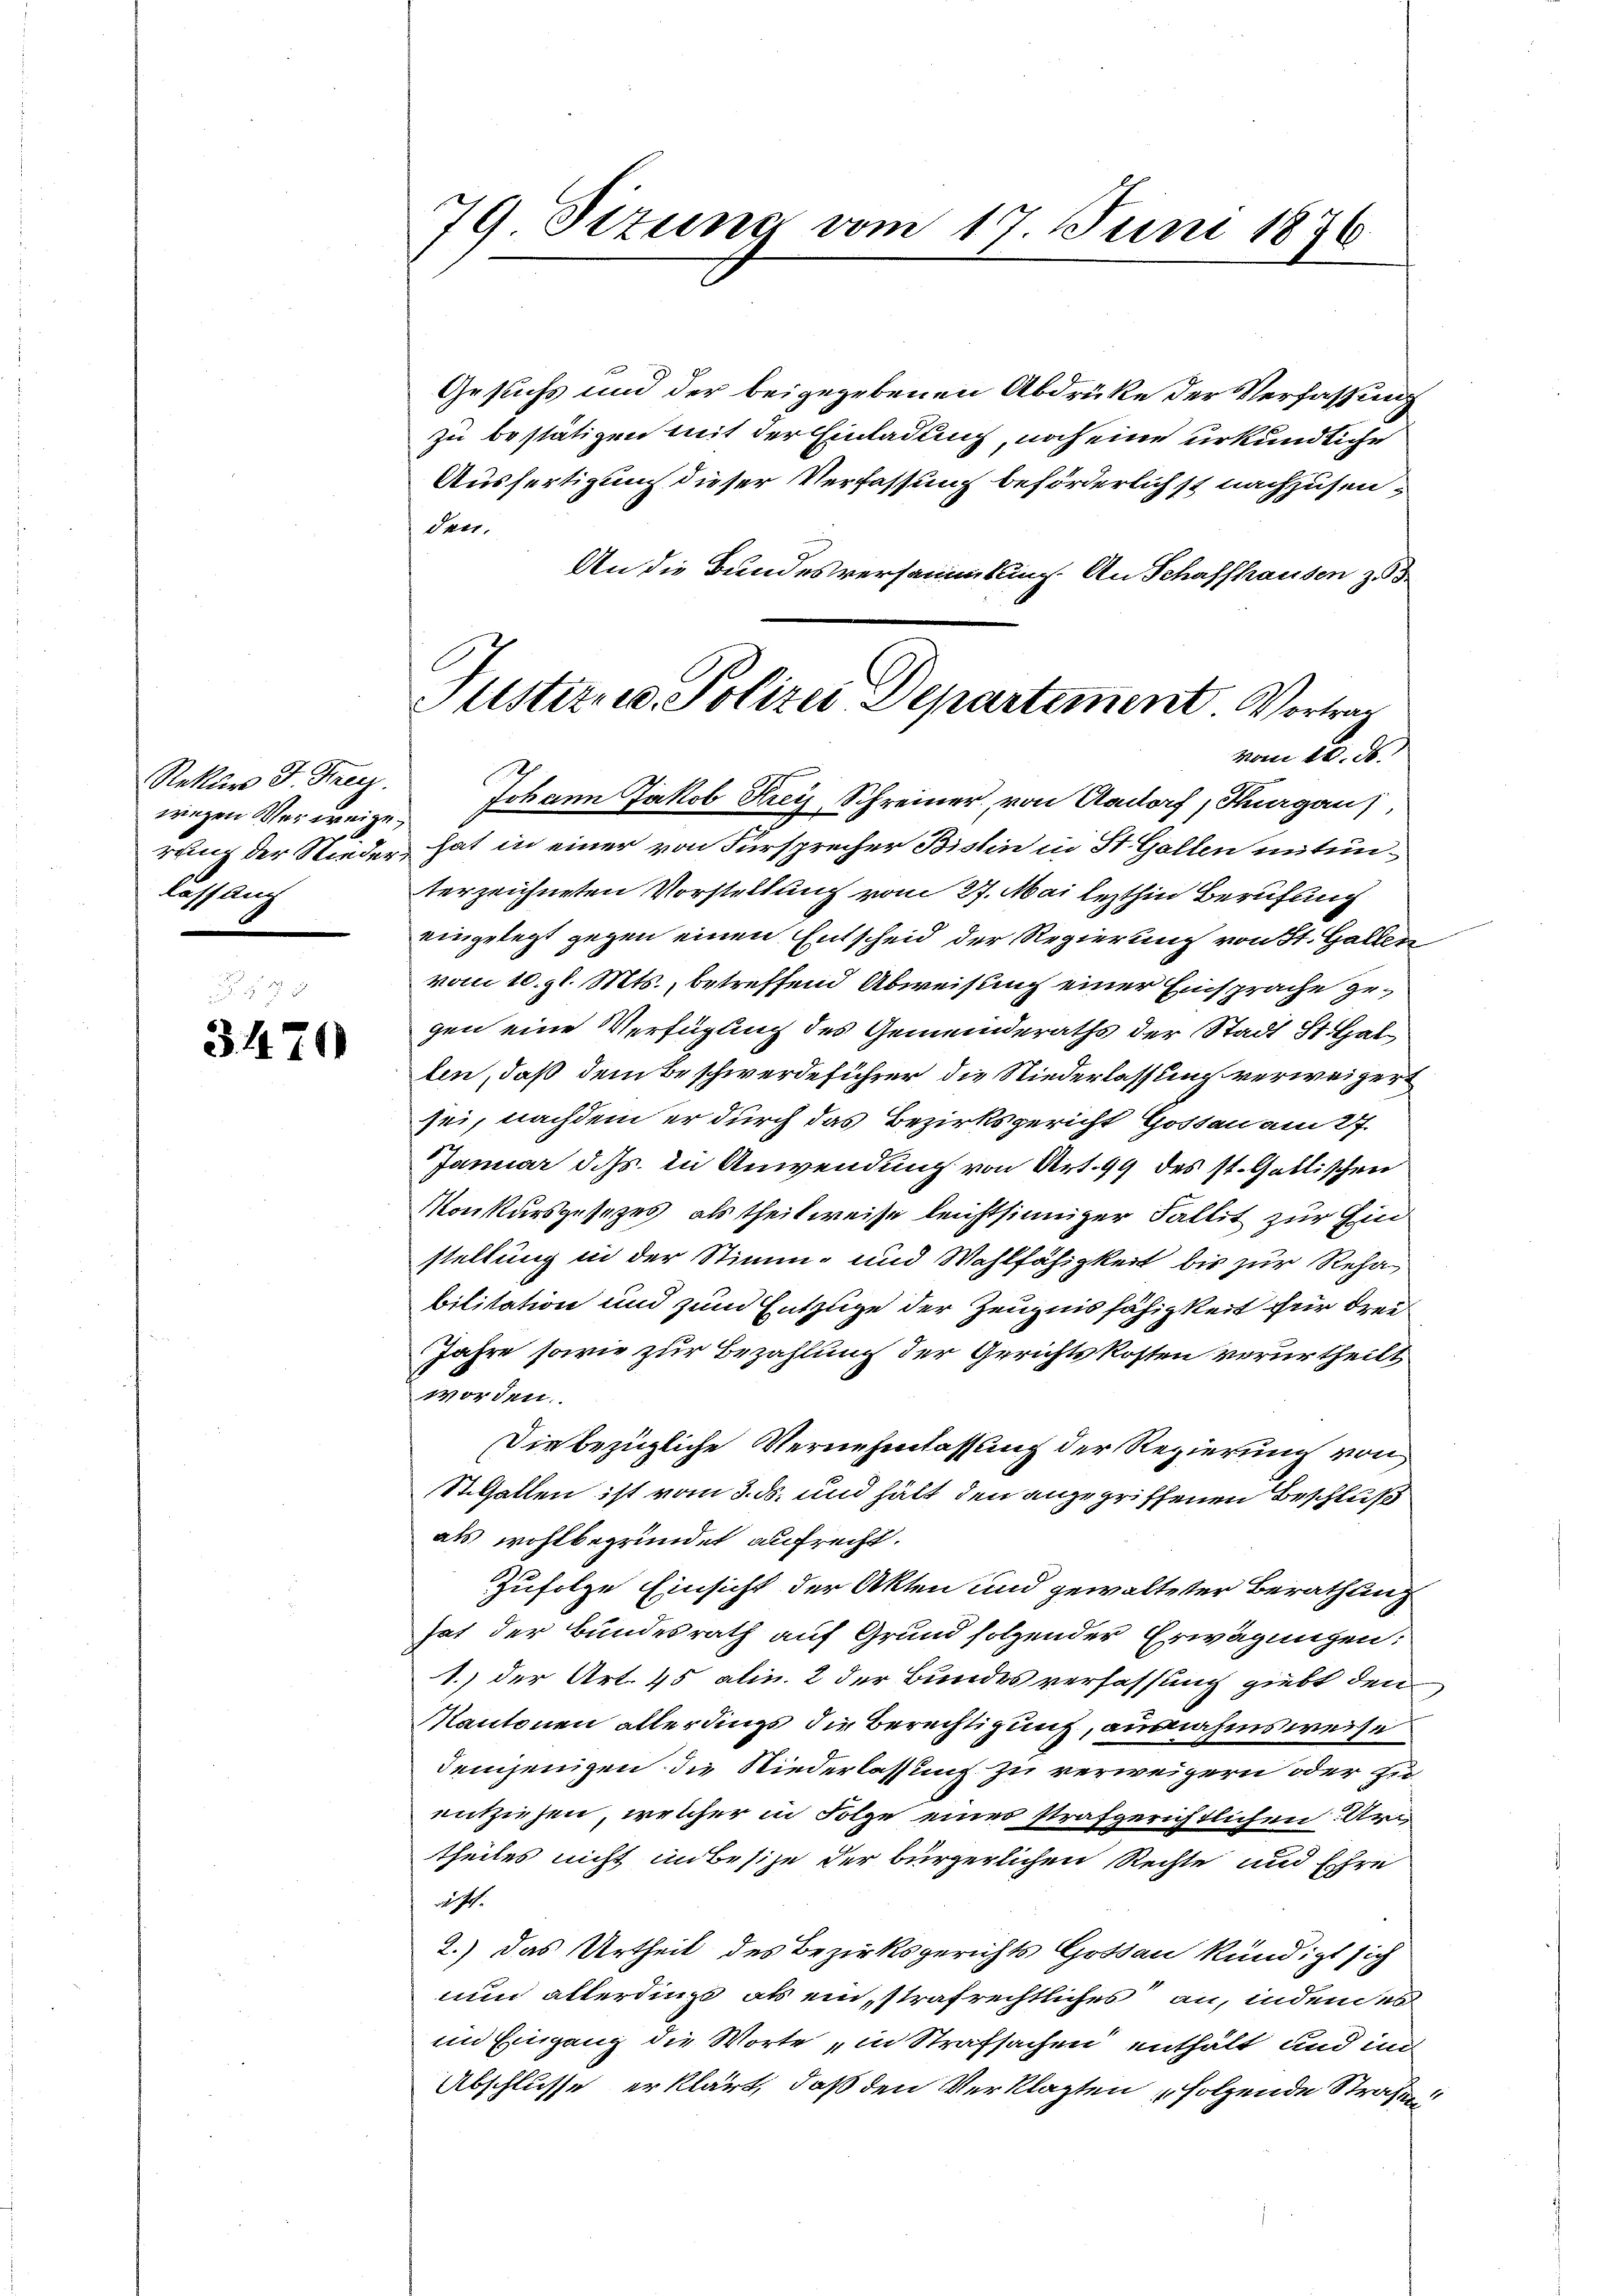
Rekurs J. Frey.
wegen Verweige,
rung der Niederlässlich

3470

79 Sizung vom 17. Juni 1876

Gesuchs und der beigegebenen Abdrüke der Verfassung
zu bestätigen mit der Einladung, noch eine urkundliche
Ausfertigung dieser Verfassung beförderlichst nachzusen¬
Teer.
An die Bundesversammlung. An Schaffhausen zu
Johann Jakob Kreis Schreiner, von Aadorf, Thurgau
hat in einer von Fürsprecher Bislin in St. Gallen mitunterzeichneten Vorstellung vom 27. Mai lezthin Berufung
eingelegt gegen einen Entscheid der Regierung von St. Gallen
vom 10. gl. Mts., betreffend Abweisung einer Einsprache gegen eine Verfügung des Gemeinderaths der Stadt St. Gal
len, daß dem Beschwerdeführer die Niederlassung verweigert
sei, nachdem er durch das Bezirksgericht Gosten am 27.
Januar d. Js. in Anwendung von Art. 99 des st. Gallischen
Konkursgesezes, als theilweise leichtsinniger Fallit zur Einstellung in der Stimm- und Wahlfähigkeit bis zur Rehabilitation und zum Entzuge der Zeugnis fähigkeit für drei
Jahre sowie zur Bezahlung der Gerichtskosten verurtheilt
worden.
Die bezügliche Vernehmlassung der Regierung von
Stilfallen ist vom 3. ds. und hält den anzugriffenen Beschluß
als wohlbegründet aufrecht.
zufolge Einsicht der Akten und gewalteter Berathung
hat der Bundesrath auf Grund folgender Erwägungen:
1.) der Art. 45 alin. 2 der Bundes verfassung giebt den
Kantonen allerdings die Berechtigung, ausnahmsweise
denjenigen die Niederlassung zu verweigern oder zu
entziehen, welcher in Folge eines strafgerichtlichen Artheiles nicht unbesize der bürgerlichen Rechte und Ehre
wicht.
2.) Das Urtheil des Bezirksgerichts Gotten kündigt sich
nun allerdingt als einstrafrechtliches an, indem es
im Eingang die Worte „in Strafsachen enthält und un
Abschlusse erklärt, daß den Verklagten folgende Straßen

listiz- u. Polizei Departement. Vortrag
vom 20. ds.